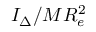
I _ { \Delta } / M R _ { e } ^ { 2 }